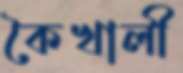
কৈখালী